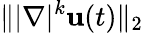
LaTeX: \| |\nabla|^{k}\mathbf{u}(t)\| _{2}